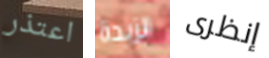
اعتذر الزبدة إنظرى